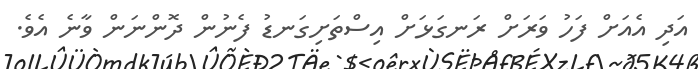
އަދި އެއަށް ފަހު ވަރަށް ރަނގަޅަށް އިސްތަށިގަނޑު ފެނުން ދޮންނަން ވާނެ އެވެ.